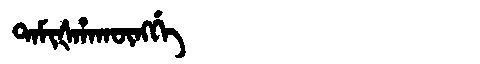
Manchu: ᡨᠠᠮᡳᡧᡥᠠᡴᡡᠩᡤᡝ
Romanization: TAMIŠHAKŪNGGE